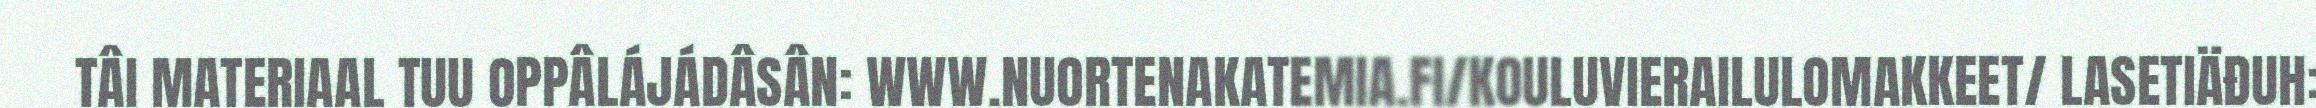
TÂI MATERIAAL TUU OPPÂLÁJÁDÂSÂN: WWW.NUORTENAKATEMIA.FI/KOULUVIERAILULOMAKKEET/ LASETIÄĐUH: